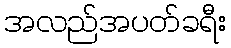
အလည်အပတ်ခရီး